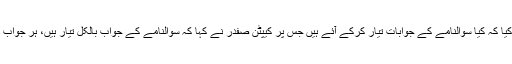
صحافیوں نے سوال کیا کہ کیا سوالنامے کے جوابات تیار کرکے آئے ہیں جس پر کیپٹن صفدر نے کہا کہ سوالنامے کے جواب بالکل تیار ہیں، ہر جواب دینے کی تیاری ہے۔